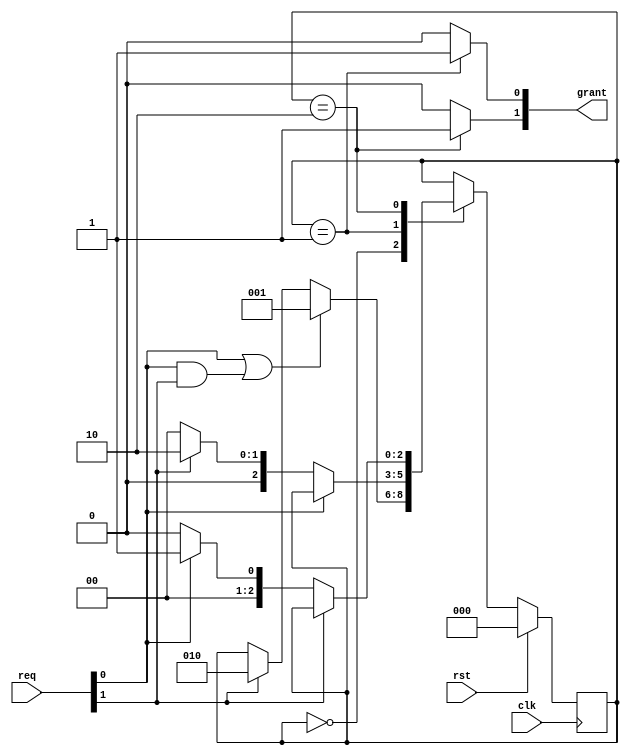
`timescale 1ns / 1ps

module 

    arbiter(clk, rst, req, grant);
    input wire clk;
    input wire rst;
    input wire[1:0] req;
    output reg[1:0] grant;
    
    parameter wait_req =  0,
              go_grant0 = 1,
              go_grant1 = 2;
    
    reg[2:0] curr_state, next_state;
    
    always @(curr_state, req) begin
        
        next_state <= curr_state;
        grant <= 2'b00;
        
        case (curr_state)
            wait_req: begin
                if (req[0] || (req[0] && req[1]))
                    next_state <= go_grant0;
                else if (req[1])
                    next_state <= go_grant1;                    
            end
            
            go_grant0: begin
                grant[0] <= 1'b1;
                
                if (~req[0]) begin
                    next_state <= wait_req;
                    if (req[1])
                        next_state <= go_grant1;
                end
            end
            
            go_grant1: begin
                grant[1] <= 1'b1;
                
                if (~req[1]) begin
                    next_state <= wait_req;
                    if (req[0])
                        next_state <= go_grant0;
                end
            end
            
        endcase
    end
    
    always @(posedge(clk)) begin
        
        if (rst == 1)
            curr_state <= wait_req;
        else
            curr_state <= next_state;
        
    end

endmodule